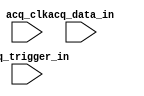
// megafunction wizard: %SignalTap II Logic Analyzer%VBB%
// GENERATION: STANDARD
// VERSION: WM1.0
// MODULE: sld_signaltap 

// ============================================================
// Megafunction Name(s):
// 			sld_signaltap
//
// Simulation Library Files(s):
// 			
// ============================================================
// ************************************************************
// THIS IS A WIZARD-GENERATED FILE. DO NOT EDIT THIS FILE!
//
// 9.0 Build 132 02/25/2009 SJ Full Version
// ************************************************************

//Copyright (C) 1991-2009 Altera Corporation
//Your use of Altera Corporation's design tools, logic functions 
//and other software and tools, and its AMPP partner logic 
//functions, and any output files from any of the foregoing 
//(including device programming or simulation files), and any 
//associated documentation or information are expressly subject 
//to the terms and conditions of the Altera Program License 
//Subscription Agreement, Altera MegaCore Function License 
//Agreement, or other applicable license agreement, including, 
//without limitation, that your use is for the sole purpose of 
//programming logic devices manufactured by Altera and sold by 
//Altera or its authorized distributors.  Please refer to the 
//applicable agreement for further details.

module SignalTap (
	acq_clk,
	acq_data_in,
	acq_trigger_in);

	input	  acq_clk;
	input	[15:0]  acq_data_in;
	input	[0:0]  acq_trigger_in;

endmodule

// ============================================================
// CNX file retrieval info
// ============================================================
// Retrieval info: PRIVATE: DATA_WIDTH_EDIT STRING "16"
// Retrieval info: PRIVATE: INTENDED_DEVICE_FAMILY STRING "Cyclone III"
// Retrieval info: PRIVATE: RAM_TYPE_COMBO STRING "Auto"
// Retrieval info: PRIVATE: SAMPLE_DEPTH_COMBO STRING "128"
// Retrieval info: PRIVATE: SLD_TRIGGER_OUT_ENABLED NUMERIC "0"
// Retrieval info: PRIVATE: TRIGGER_LEVELS_COMBO STRING "2"
// Retrieval info: PRIVATE: TRIGGER_LEVEL_0_COMBO STRING "Basic"
// Retrieval info: PRIVATE: TRIGGER_LEVEL_1_COMBO STRING "Basic"
// Retrieval info: PRIVATE: TRIGGER_LEVEL_2_COMBO STRING "Basic"
// Retrieval info: PRIVATE: TRIGGER_LEVEL_3_COMBO STRING "Basic"
// Retrieval info: PRIVATE: TRIGGER_LEVEL_4_COMBO STRING "Basic"
// Retrieval info: PRIVATE: TRIGGER_LEVEL_5_COMBO STRING "Basic"
// Retrieval info: PRIVATE: TRIGGER_LEVEL_6_COMBO STRING "Basic"
// Retrieval info: PRIVATE: TRIGGER_LEVEL_7_COMBO STRING "Basic"
// Retrieval info: PRIVATE: TRIGGER_LEVEL_8_COMBO STRING "Basic"
// Retrieval info: PRIVATE: TRIGGER_LEVEL_9_COMBO STRING "Basic"
// Retrieval info: PRIVATE: TRIGGER_WIDTH_EDIT STRING "1"
// Retrieval info: LIBRARY: altera_mf altera_mf.altera_mf_components.all
// Retrieval info: CONSTANT: SLD_ADVANCED_TRIGGER_ENTITY STRING "basic,1,basic,1,"
// Retrieval info: CONSTANT: SLD_DATA_BITS NUMERIC "16"
// Retrieval info: CONSTANT: SLD_DATA_BIT_CNTR_BITS NUMERIC "5"
// Retrieval info: CONSTANT: SLD_ENABLE_ADVANCED_TRIGGER NUMERIC "0"
// Retrieval info: CONSTANT: SLD_MEM_ADDRESS_BITS NUMERIC "7"
// Retrieval info: CONSTANT: SLD_NODE_CRC_BITS NUMERIC "32"
// Retrieval info: CONSTANT: SLD_NODE_CRC_HIWORD NUMERIC "25471"
// Retrieval info: CONSTANT: SLD_NODE_CRC_LOWORD NUMERIC "3231"
// Retrieval info: CONSTANT: SLD_NODE_INFO NUMERIC "1076736"
// Retrieval info: CONSTANT: SLD_RAM_BLOCK_TYPE STRING "Auto"
// Retrieval info: CONSTANT: SLD_SAMPLE_DEPTH NUMERIC "128"
// Retrieval info: CONSTANT: SLD_STORAGE_QUALIFIER_GAP_RECORD NUMERIC "0"
// Retrieval info: CONSTANT: SLD_STORAGE_QUALIFIER_MODE STRING "OFF"
// Retrieval info: CONSTANT: SLD_TRIGGER_BITS NUMERIC "1"
// Retrieval info: CONSTANT: SLD_TRIGGER_IN_ENABLED NUMERIC "0"
// Retrieval info: CONSTANT: SLD_TRIGGER_LEVEL NUMERIC "2"
// Retrieval info: CONSTANT: SLD_TRIGGER_LEVEL_PIPELINE NUMERIC "1"
// Retrieval info: USED_PORT: acq_clk 0 0 0 0 INPUT NODEFVAL "acq_clk"
// Retrieval info: USED_PORT: acq_data_in 0 0 16 0 INPUT NODEFVAL "acq_data_in[15..0]"
// Retrieval info: USED_PORT: acq_trigger_in 0 0 1 0 INPUT NODEFVAL "acq_trigger_in[0..0]"
// Retrieval info: CONNECT: @acq_trigger_in 0 0 1 0 acq_trigger_in 0 0 1 0
// Retrieval info: CONNECT: @acq_data_in 0 0 16 0 acq_data_in 0 0 16 0
// Retrieval info: CONNECT: @acq_clk 0 0 0 0 acq_clk 0 0 0 0
// Retrieval info: GEN_FILE: TYPE_NORMAL SignalTap.v TRUE
// Retrieval info: GEN_FILE: TYPE_NORMAL SignalTap.inc TRUE
// Retrieval info: GEN_FILE: TYPE_NORMAL SignalTap.cmp TRUE
// Retrieval info: GEN_FILE: TYPE_NORMAL SignalTap.bsf TRUE FALSE
// Retrieval info: GEN_FILE: TYPE_NORMAL SignalTap_inst.v TRUE
// Retrieval info: GEN_FILE: TYPE_NORMAL SignalTap_bb.v TRUE
// Retrieval info: GEN_FILE: TYPE_NORMAL SignalTap_level_2.v TRUE